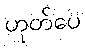
ဟုတ်ပေ